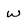
Character: W